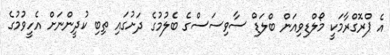
އެ ޕްރޮގްރާމަކީ މޯލްޑިވިއަން ބްލަޑް ސާވިސަސްގެ ބެލުމުގެ ދަށުގައި ތިބި ކުދީންނަށް އެހީވުމުގެ